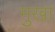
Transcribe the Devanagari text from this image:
मुखा